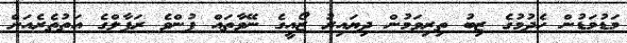
މަޑުމަޑުން ހެދުމުގެ ޒިބު ތިރިވަމުން ދިޔައިރު ޒޯއީގެ ނޭވާތައް ފުންވެ ރަފާލްގެ އަތުތެރެއަށް